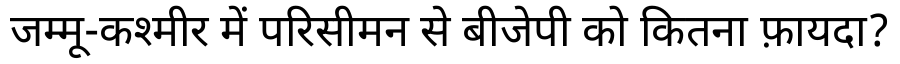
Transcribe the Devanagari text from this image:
जम्मू-कश्मीर में परिसीमन से बीजेपी को कितना फ़ायदा?